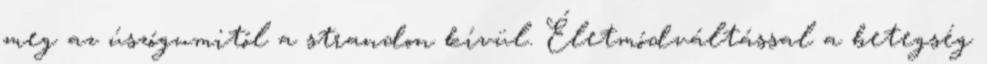
meg az úszógumitól a strandon kívül. Életmódváltással a betegség